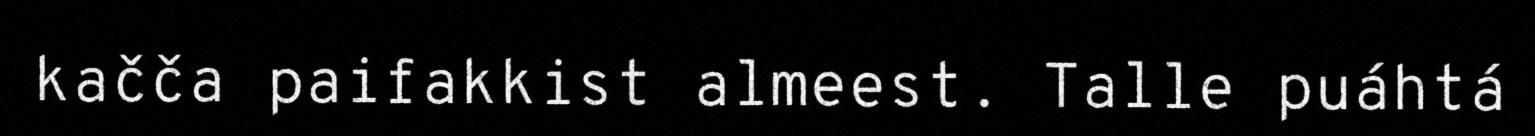
kačča paifakkist almeest. Talle puáhtá